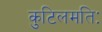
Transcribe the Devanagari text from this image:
कुटिलमतिः